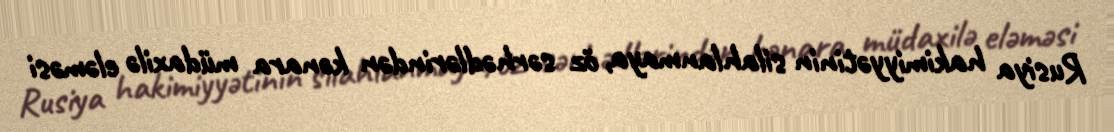
Rusiya hakimiyyətinin silahlanmaya, öz sərhədlərindən kənara müdaxilə eləməsi